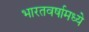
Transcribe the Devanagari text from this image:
भारतवर्षामध्ये